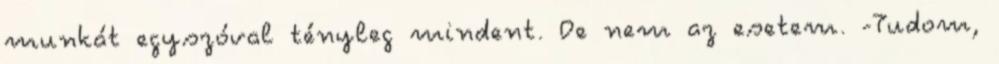
munkát egyszóval tényleg mindent. De nem az esetem. -Tudom,